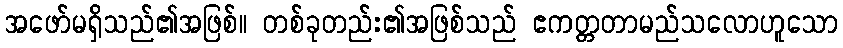
အဖော်မရှိသည်၏အဖြစ်။ တစ်ခုတည်း၏အဖြစ်သည် ဧကတ္တတာမည်သလောဟူသော